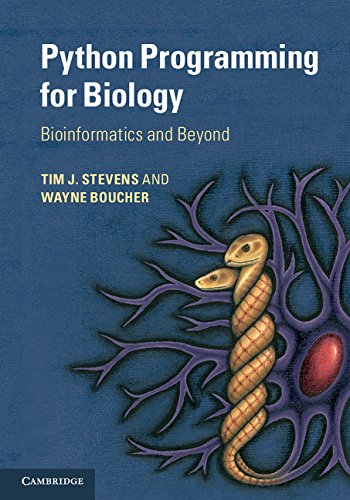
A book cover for Python Programming for Biology: Bioinformatics and Beyond; Tim J. Stevens; Science & Math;